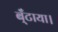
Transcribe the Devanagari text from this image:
ब्ँटाया।